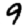
Digit: 9